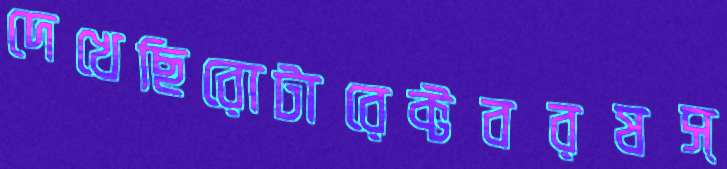
দেখেছিরোটারেক্টবরষস্